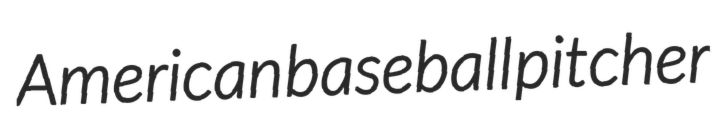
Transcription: American baseball pitcher